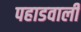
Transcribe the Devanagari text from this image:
पहाडवाली